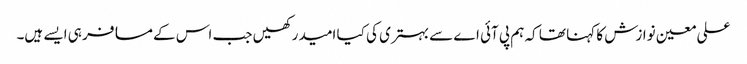
علی معین نوازش کا کہنا تھا کہ ہم پی آئی اے سے بہتری کی کیا امید رکھیں جب اس کے مسافر ہی ایسے ہیں۔